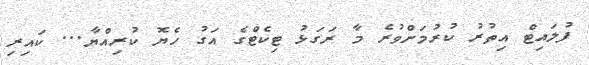
ފުލައިޓް އިތުރު ކުރުމަށްވުރެ މާ ރަގަޅު ޓިކެޓްގެ އަގު ހެޔޮ ކުރިއްޔާ... ކައިރި